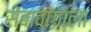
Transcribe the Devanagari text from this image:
सेंबावांगाला